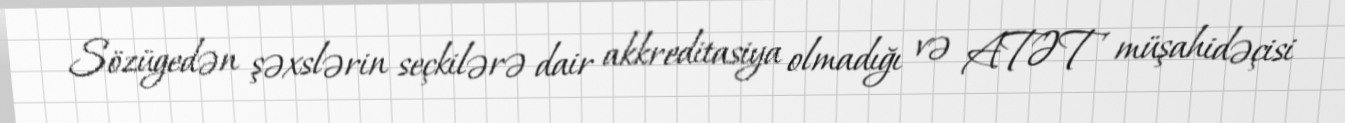
Sözügedən şəxslərin seçkilərə dair akkreditasiya olmadığı və ATƏT müşahidəçisi